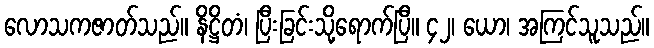
လောသကဇာတ်သည်။ နိဋ္ဌိတံ၊ ပြီးခြင်းသို့ရောက်ပြီ။ ၄၂၊ ယော၊ အကြင်သူသည်။